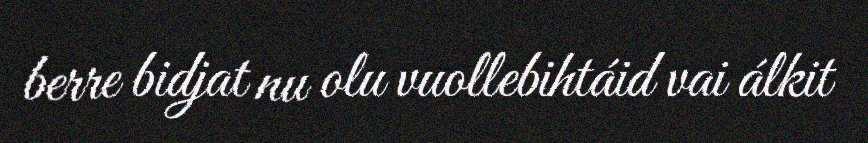
berre bidjat nu olu vuollebihtáid vai álkit